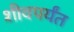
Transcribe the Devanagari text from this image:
शीवपर्यंत